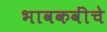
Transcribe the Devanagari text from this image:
भावकवींचे